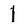
Character: l